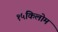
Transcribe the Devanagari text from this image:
१५किलोम